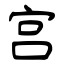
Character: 宫